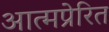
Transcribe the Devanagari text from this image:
आत्मप्रेरित